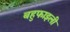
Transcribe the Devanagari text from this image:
बहुफाइली